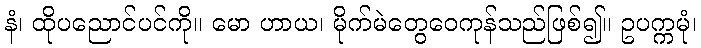
နံ၊ ထိုပညောင်ပင်ကို။ မော ဟာယ၊ မိုက်မဲတွေဝေကုန်သည်ဖြစ်၍။ ဥပက္ကမုံ၊